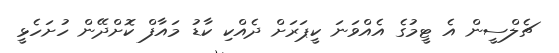
ޗެލްސީން އެ ޓީމުގެ އެއްވަނަ ކީޕަރަށް ދެއްކި ކާޑު މައާފް ކޮށްދޭން ހުށަހެޅީ